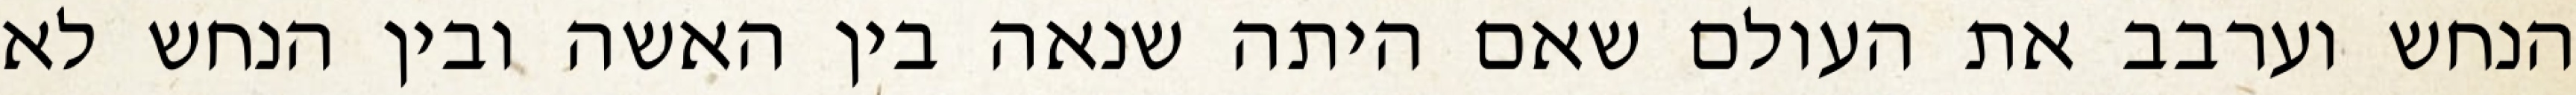
הנחש וערבב את העולם שאם היתה שנאה בין האשה ובין הנחש לא